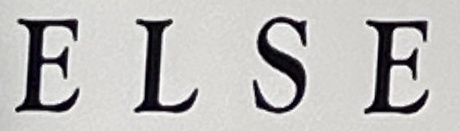
ELSE